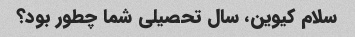
سلام کیوین، سال تحصیلی شما چطور بود؟